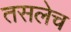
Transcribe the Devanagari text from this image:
तसलेच